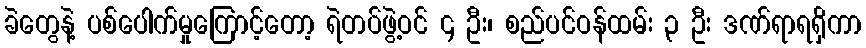
ခဲတွေနဲ့ ပစ်ပေါက်မှုကြောင့်တော့ ရဲတပ်ဖွဲ့ဝင် ၄ ဦး၊ စည်ပင်ဝန်ထမ်း ၃ ဦး ဒဏ်ရာရရှိကာ